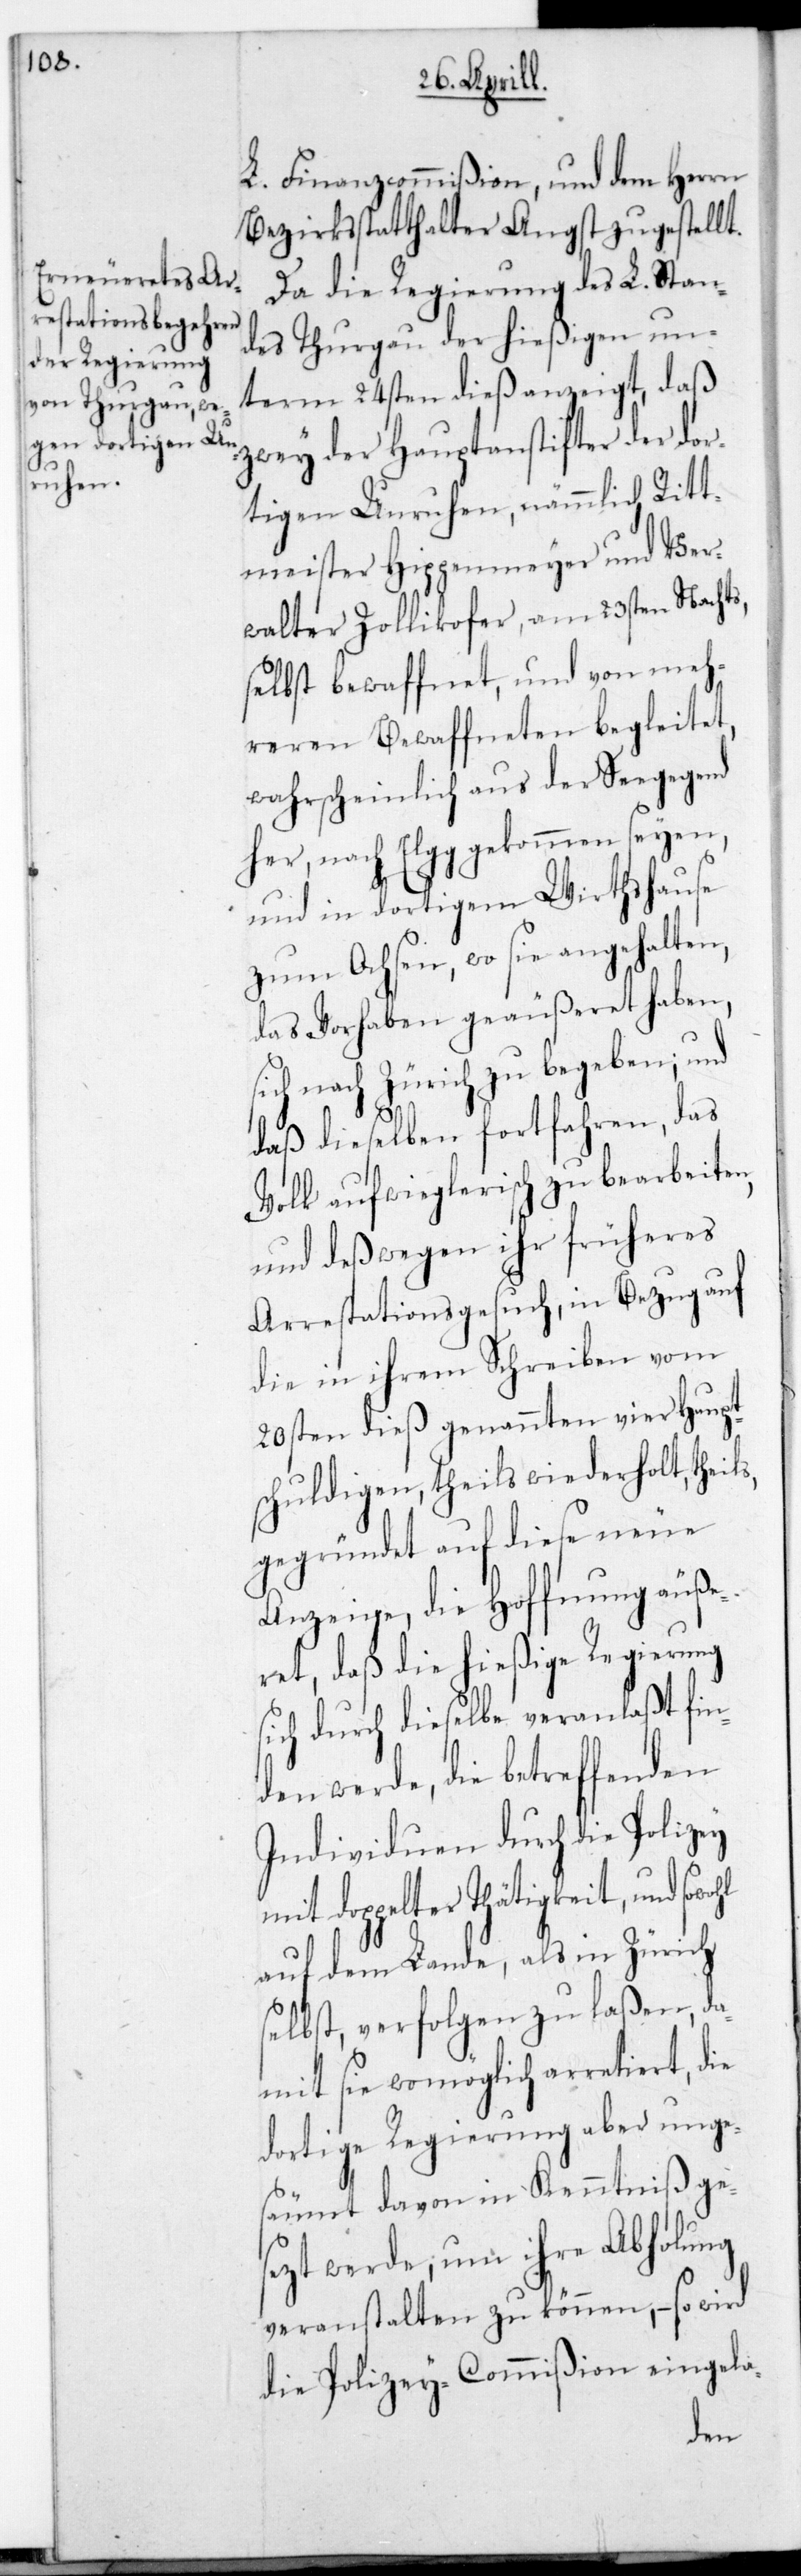
L. Finanzcommißion und dem Herrn
Bezirksstatthalter Angst zugstellt.
Da die Regierung des L. Stan¬
des Thurgau der hießigen un¬
term 24sten dieß anzeigt, daß
zwey der Hauptanstifter der dor¬
tigen Unruhen, nämmlich Ritt¬
meister Hippenmeyer und Ver¬
walter Zollikofer, am 23sten nachts,
selbst bewaffnet, und von meh¬
reren Bewaffneten begleitet,
wahrscheinlich aus der Seegegend
her nach Elgg gekommen seyen,
und im dortigen Wirtshause
zum Ochsen, wo sie angehalten,
das Vorhaben geäußeret haben,
sich nach Zürich zu begeben; und
daß dieselben fortfahren, das
Volk aufwieglerisch zu bearbeiten,
und deßwegen ihr früheres
Arrestationsgesuch, in Bezug auf
die in ihrem Schreiben vom
20sten dieß genannten vier Haupt¬
schuldigen, theils wiederholt, theils
gegründet auf diese neue
Anzeige, die Hoffnung äuße¬
ret, daß die hießige Regierung
sich durch dieselbe veranlaßt fin¬
den werde, die betreffenden
Individuen durch die Polizey
mit doppelter Thätigkeit, und
auf dem Lande als in Zürich
selbst, verfolgen zu laßen, da¬
mit sie womöglich arretiert, die
dortige Regierung aber unge¬
säumt davon in Kenntniß ge¬
sezt werde, um ihre Abholung
veranstalten zu können, – so wird
die Polizey-Commißion eingela-